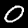
Digit: 0